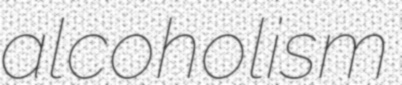
alcoholism